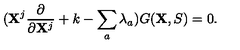
( { \bf X } ^ { j } \frac { \partial } { \partial { \bf X } ^ { j } } + k - \sum _ { a } \lambda _ { a } ) G ( { \bf X } , S ) = 0 .